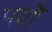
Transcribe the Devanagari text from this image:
पर्वोँ